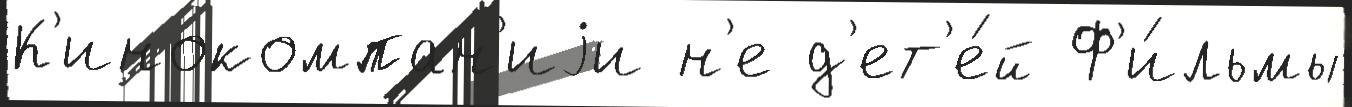
К'инокомпан'иjи н'е д'ет'е́й Ф'и́льмы